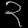
Digit: ၃